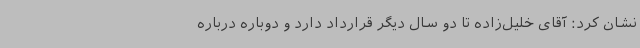
نشان کرد: آقای خلیل‌زاده تا دو سال دیگر قرارداد دارد و دوباره درباره